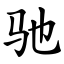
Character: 驰